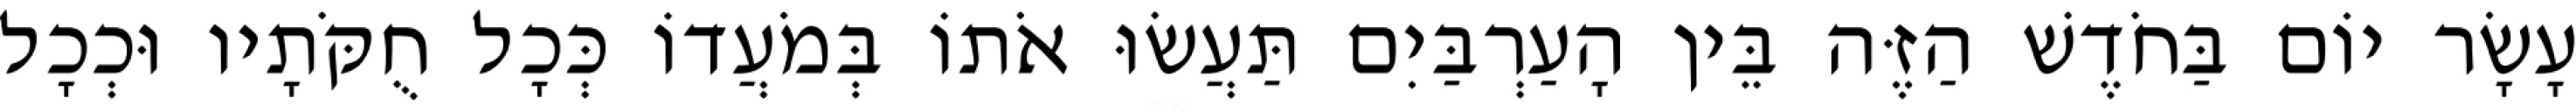
עָשָׂר יוֹם בַּחֹדֶשׁ הַזֶּה בֵּין הָעַרְבַּיִם תַּעֲשׂוּ אֹתוֹ בְּמֹעֲדוֹ כְּכָל חֻקֹּתָיו וּכְכָל